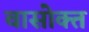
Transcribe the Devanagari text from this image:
वासोक्त